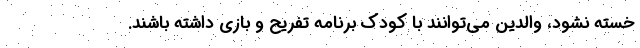
خسته نشود، والدین می‌توانند با کودک برنامه تفریح و بازی داشته باشند.